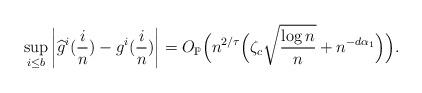
LaTeX: \begin{align*}\sup_{i \leq b} \left| \widehat{g}^{i}(\frac{i}{n})-g^{i}(\frac{i}{n})\right|=O_{\mathbb{P}}\Big( n^{2/\tau}\Big(\zeta_c \sqrt{\frac{\log n}{n}}+n^{-d\alpha_1} \Big) \Big).\end{align*}